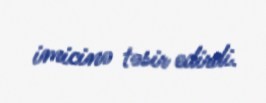
imicinə təsir edirdi.